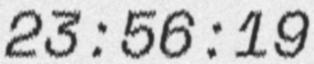
23:56:19